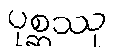
ပုစ္ဆဿု